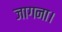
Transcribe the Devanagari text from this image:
जागना।